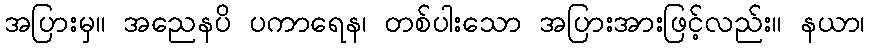
အပြားမှ။ အညေနပိ ပကာရေန၊ တစ်ပါးသော အပြားအားဖြင့်လည်း။ နယာ၊